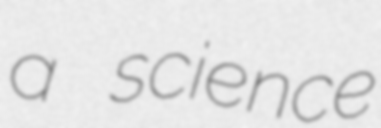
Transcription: a science